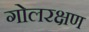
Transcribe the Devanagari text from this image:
गोलरक्षण